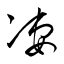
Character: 凄